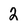
Character: 2